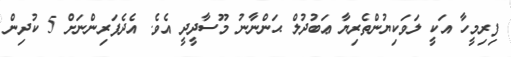
ފިރިމީހާ އަކީ ލަވަކިޔުންތެރިޔާ ޢަބުދުލް ޙަންނާނު މޫސާދީދީ އެވެ. އެދެފަރިންނަށް 5 ކުދިން